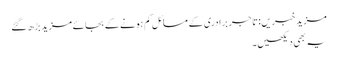
مزید خبریں:تاجر برادری کے مسائل کم ہونے کے بجائے مزید بڑھ گئے
یہ بھی دیکھیں۔